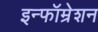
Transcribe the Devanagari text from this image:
इन्फॉम्रेशन